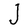
Character: J